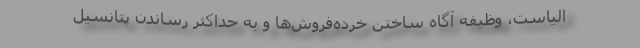
الیاست، وظیفهٔ آگاه ساختن خرده‌فروش‌ها و به حداکثر رساندن پتانسیل